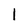
Character: l